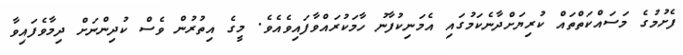
ފެށުމުގެ މަސައްކަތްތައް ކުރިޔަށްދާނެކަމުގައި އެމަނިކުފާނު ހާމަކުރައްވާފައިވެއެވެ. މީގެ އިތުރުން ވެސް ކުދިންނަށް ދިމާވެފައިވާ